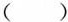
( )